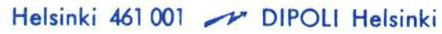
Helsinki 461 001  DIPOLl Helsinki